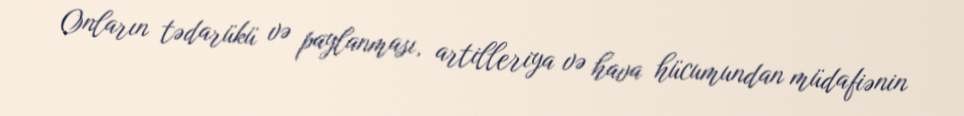
Onların tədarükü və paylanması, artilleriya və hava hücumundan müdafiənin